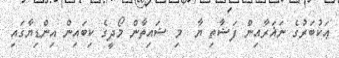
ޢަކުބަރުގެ ނަޣަރާއިން ފަޟާތި ޔާ  މި ޟައިތާން މޯދީގެ ކިބައިން އިންޑިޔާގައި